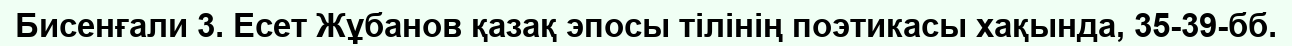
Бисенғали 3. Есет Жұбанов қазақ эпосы тілінің поэтикасы хақында, 35-39-бб.